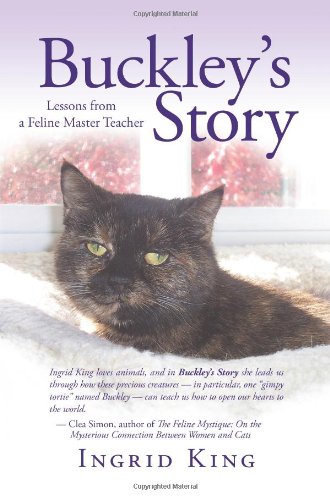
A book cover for Buckley's Story; Ingrid King; Crafts, Hobbies & Home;